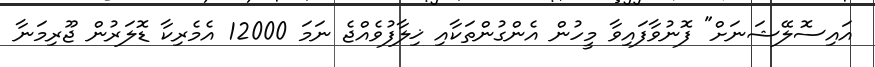
އައިސޮލޭޝަނަށް" ފޮނުވާފައިވާ މީހުން އެންގުންތަކާއި ޚިލާފުވެއްޖެ ނަމަ 12000 އެމެރިކާ ޑޮލަރުން ޖޫރިމަނާ